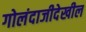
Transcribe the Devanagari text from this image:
गोलंदाजीदेखील